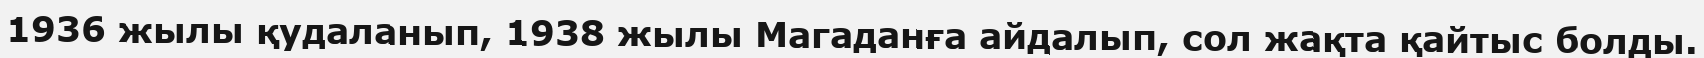
1936 жылы қудаланып, 1938 жылы Магаданға айдалып, сол жақта қайтыс болды.